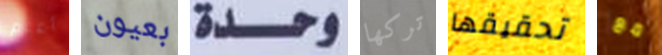
أعلم بعيون وحدة تركها تحقيقها مع